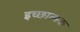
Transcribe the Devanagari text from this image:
इच्छात्मक